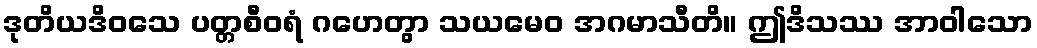
ဒုတိယဒိဝသေ ပတ္တစီဝရံ ဂဟေတွာ သယမေဝ အဂမာသီတိ။ ဤဒိသဿ အာဝါသော